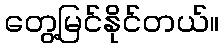
တွေ့မြင်နိုင်တယ်။